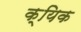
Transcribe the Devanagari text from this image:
क्यिक